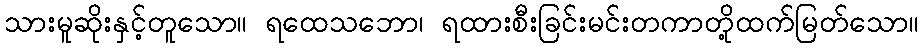
သားမူဆိုးနှင့်တူသော။ ရထေသဘော၊ ရထားစီးခြင်းမင်းတကာတို့ထက်မြတ်သော။